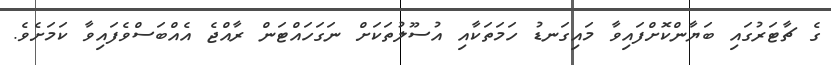
ގެ ޗާޓަރުގައި ބަޔާންކޮށްފައިވާ މައިގަނޑު ހަމަތަކާއި އުސޫލުތަކަށް ނަގަހައްޓަން ރާއްޖެ އެއްބަސްވެފައިވާ ކަމަށެވެ.